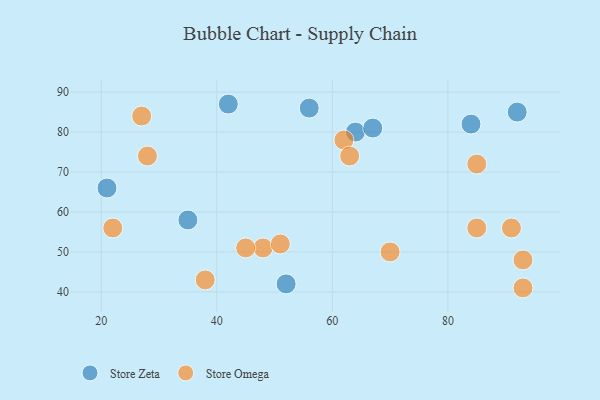
{"axis": {"x": "GDP", "y": "Life Expectancy"}, "legend": ["Store Omega", "Store Zeta"], "data": [{"x": "64", "y": 80, "type": "Store Zeta"}, {"x": "21", "y": 66, "type": "Store Zeta"}, {"x": "42", "y": 87, "type": "Store Zeta"}, {"x": "52", "y": 42, "type": "Store Zeta"}, {"x": "84", "y": 82, "type": "Store Zeta"}, {"x": "67", "y": 81, "type": "Store Zeta"}, {"x": "56", "y": 86, "type": "Store Zeta"}, {"x": "92", "y": 85, "type": "Store Zeta"}, {"x": "35", "y": 58, "type": "Store Zeta"}, {"x": "70", "y": 50, "type": "Store Omega"}, {"x": "27", "y": 84, "type": "Store Omega"}, {"x": "48", "y": 51, "type": "Store Omega"}, {"x": "93", "y": 48, "type": "Store Omega"}, {"x": "38", "y": 43, "type": "Store Omega"}, {"x": "22", "y": 56, "type": "Store Omega"}, {"x": "85", "y": 56, "type": "Store Omega"}, {"x": "62", "y": 78, "type": "Store Omega"}, {"x": "91", "y": 56, "type": "Store Omega"}, {"x": "85", "y": 72, "type": "Store Omega"}, {"x": "93", "y": 41, "type": "Store Omega"}, {"x": "63", "y": 74, "type": "Store Omega"}, {"x": "28", "y": 74, "type": "Store Omega"}, {"x": "45", "y": 51, "type": "Store Omega"}, {"x": "51", "y": 52, "type": "Store Omega"}]}